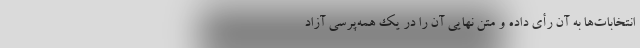
انتخابات‌ها به آن رأی داده و متن نهایی آن ‌را در یک همه‌پرسی آزاد